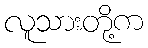
လူသားတို့က